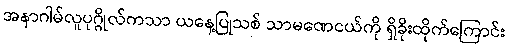
အနာဂါမ်လူပုဂ္ဂိုလ်ကသာ ယနေ့ပြုသစ် သာမဏေငယ်ကို ရှိခိုးထိုက်ကြောင်း